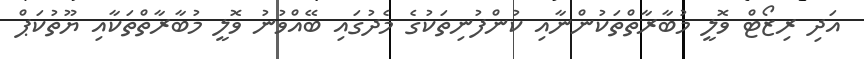
އަދި ރިޒޯޓް ވޮލީ މުބާރާތްތަކުންނާއި ކުންފުނިތަކުގެ މެދުގައި ބޭއްވުނު ވޮލީ މުބާރާތްތަކާއި ޔޫތުކަޕް